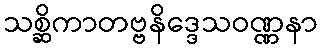
သစ္ဆိကာတဗ္ဗနိဒ္ဒေသဝဏ္ဏနာ